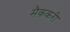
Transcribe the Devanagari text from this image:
मैककरी